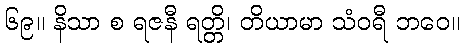
၆၉။ နိသာ စ ရဇနီ ရတ္တိ၊ တိယာမာ သံဝရီ ဘဝေ။